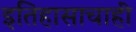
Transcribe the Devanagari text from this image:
इतिहासाचाही